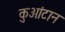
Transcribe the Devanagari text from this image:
कुआंटान